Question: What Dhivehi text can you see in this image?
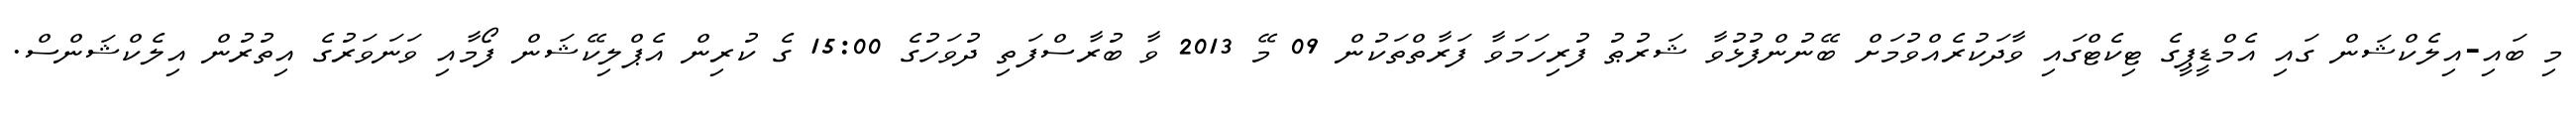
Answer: މި ބައި-އިލެކްޝަން ގައި އެމްޑީޕީގެ ޓިކެޓްގައި ވާދަކުރެއްވުމަށް ބޭނުންފުޅުވާ ޝަރުޠު ފުރިހަމަވާ ފަރާތްތަކުން 09 މޭ 2013 ވާ ބުރާސްފަތި ދުވަހުގެ 15:00 ގެ ކުރިން އެޕްލިކޭޝަން ފޯމާއި ވަނަވަރުގެ އިތުރުން އިލެކްޝަންސް.